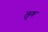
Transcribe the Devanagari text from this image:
लूग